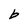
Character: b